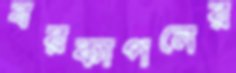
বরকাপনের